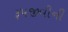
રૂપજીવીની